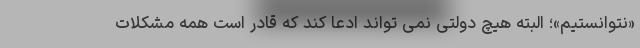
«نتوانستیم»؛ البته هیچ دولتی نمی تواند ادعا کند که قادر است همه مشکلات